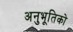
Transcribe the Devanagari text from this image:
अनुभूतिको